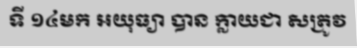
ទី ១៤មក អយុធ្យា បាន ក្លាយជា សត្រូវ